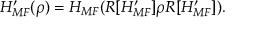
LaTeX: H _ { M F } ^ { \prime } ( \rho ) = H _ { M F } ( R [ H _ { M F } ^ { \prime } ] \rho R [ H _ { M F } ^ { \prime } ] ) .